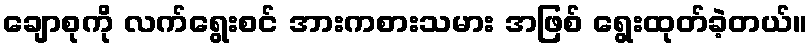
ချောစုကို လက်ရွေးစင် အားကစားသမား အဖြစ် ရွေးထုတ်ခဲ့တယ်။